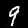
Digit: 9